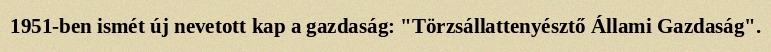
1951-ben ismét új nevetott kap a gazdaság: "Törzsállattenyésztő Állami Gazdaság".